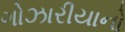
ગોઝારીયાનો